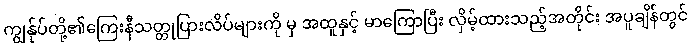
ကျွန်ုပ်တို့၏ကြေးနီသတ္တုပြားလိပ်များကို မှ အထူနှင့် မာကြောပြီး လှိမ့်ထားသည့်အတိုင်း အပူချိန်တွင်